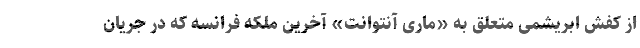
از کفش ابریشمی متعلق به «ماری آنتوانت» آخرین ملکه فرانسه که در جریان